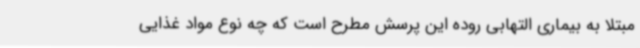
مبتلا به بیماری التهابی روده این پرسش مطرح است که چه نوع مواد غذایی